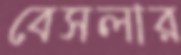
বেসলার